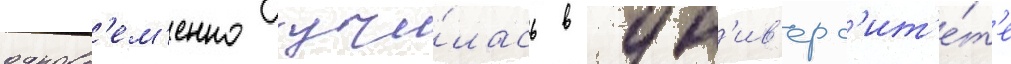
одновр'ем'енно учи́лась в ун'ив'ерс'ит'е́т'е